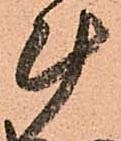
斗